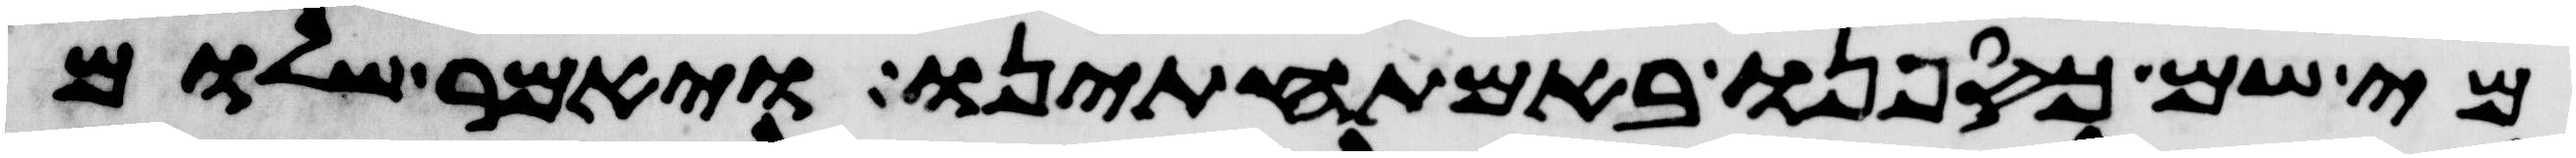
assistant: מי שם כספנו באמתחתינו ויאמר שלום